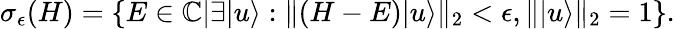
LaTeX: \begin{array}{r}{\sigma_{\epsilon}(H)=\{ E\in\mathbb{C}|\exists|u\rangle:\| (H-E)|u\rangle\| _{2}<\epsilon,\| |u\rangle\| _{2}=1\} .}\end{array}